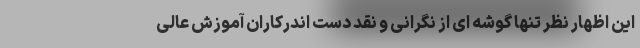
این اظهار نظر تنها گوشه ای از نگرانی و نقد دست اندرکاران آموزش عالی